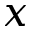
x